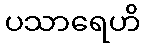
ပသာရေဟိ